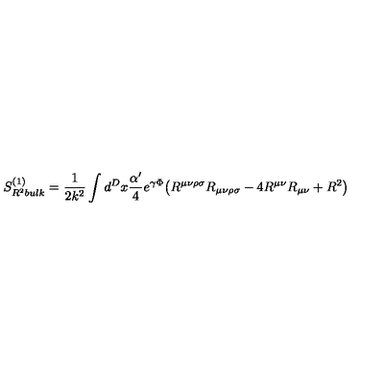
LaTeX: S _ { R ^ { 2 } b u l k } ^ { ( 1 ) } = \frac { 1 } { 2 k ^ { 2 } } \int d ^ { D } x \frac { \alpha ^ { \prime } } { 4 } e ^ { \gamma \Phi } \bigl ( R ^ { \mu \nu \rho \sigma } R _ { \mu \nu \rho \sigma } - 4 R ^ { \mu \nu } R _ { \mu \nu } + R ^ { 2 } \bigr )